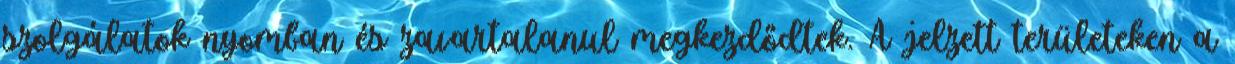
szolgálatok nyomban és zavartalanul megkezdődtek. A jelzett területeken a